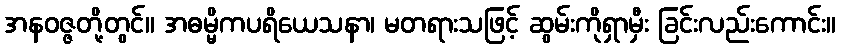
အနဝဇ္ဇတို့တွင်။ အဓမ္မိကပရိယေသနာ၊ မတရားသဖြင့် ဆွမ်းကိုရှာမှီး ခြင်းလည်းကောင်း။